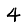
Digit: 4